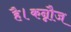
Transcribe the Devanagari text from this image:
है।कन्नौज